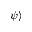
\left| \psi \right\rangle